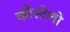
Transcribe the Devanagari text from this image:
कौस्टेलो